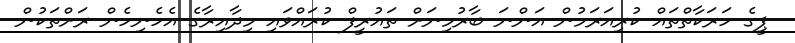
ޕީގެ ހަރަކާތްތައް ކުރިއަރަމުން އަންނަ ބާރުމިނަށް ތައުރީފް ކުރައްވައި މިދާއިރާގެ އެހެނިހެން ރަށްތަކުން